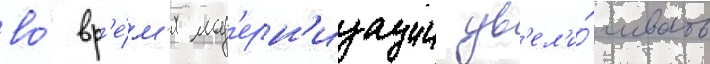
во́ вр'е́м'я мод'ерн'изации ув'ел'и́чивать